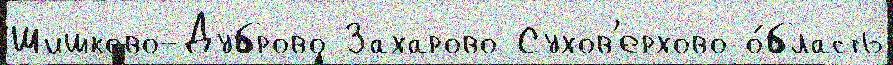
Шишково-Дуброво Захарово Сухов'ерхово о́бласть